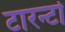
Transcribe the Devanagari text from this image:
टारन्टो